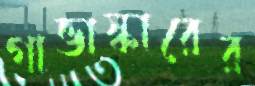
গাভাস্কারের